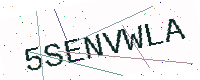
Text: 5SENVWLA